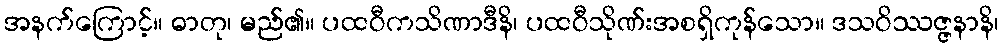
အနက်ကြောင့်။ ဓာတု၊ မည်၏။ ပထဝီကသိဏာဒီနိ၊ ပထဝီသိုဏ်းအစရှိကုန်သော။ ဒသဝိဿဇ္ဇနာနိ၊